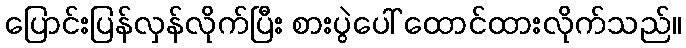
ပြောင်းပြန်လှန်လိုက်ပြီး စားပွဲပေါ် ထောင်ထားလိုက်သည်။